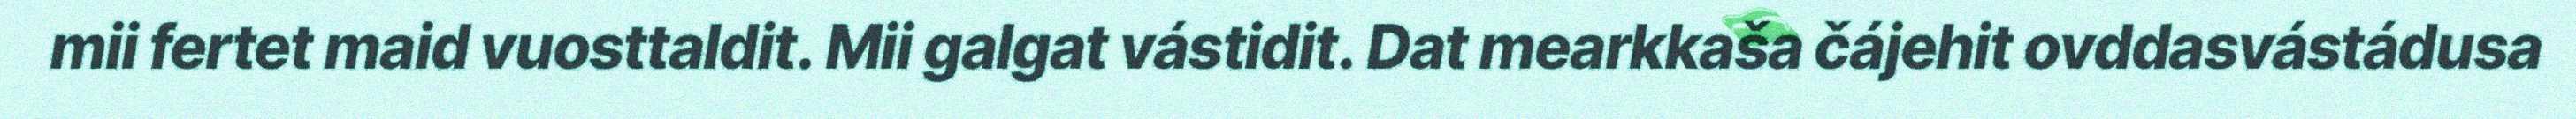
mii fertet maid vuosttaldit. Mii galgat vástidit. Dat mearkkaša čájehit ovddasvástádusa